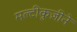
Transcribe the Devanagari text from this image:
मल्टीकुज़ीने